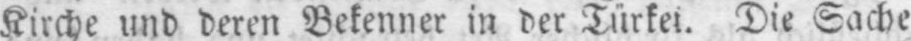
Kirche und deren Bekenner in der Türkei. Die Sache